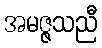
အမဇ္ဇသညီ